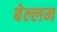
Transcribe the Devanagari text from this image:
बेल्लम